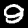
Label: 9